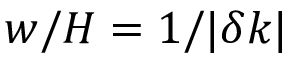
w / H = 1 / \vert \delta k \vert